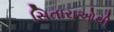
સિતારાઓથી